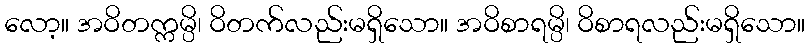
လော့။ အဝိတက္ကမ္ပိ၊ ဝိတက်လည်းမရှိသော။ အဝိစာရမ္ပိ၊ ဝိစာရလည်းမရှိသော။